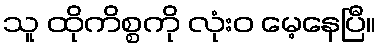
သူ ထိုကိစ္စကို လုံးဝ မေ့နေပြီ။